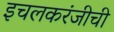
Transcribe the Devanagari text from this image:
इचलकरंजीची